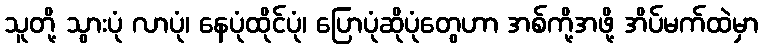
သူတို့ သွားပုံ လာပုံ၊ နေပုံထိုင်ပုံ၊ ပြောပုံဆိုပုံတွေဟာ အစ်ကို့အဖို့ အိပ်မက်ထဲမှာ